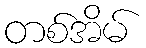
တစ်အိမ်